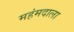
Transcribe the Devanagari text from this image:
महंमदाला